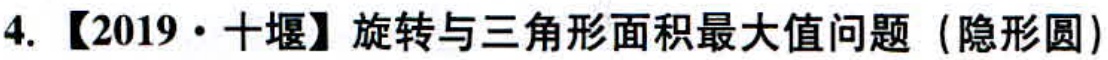
4. 【2019·十堰】旋转与三角形面积最大值问题（隐形圆）